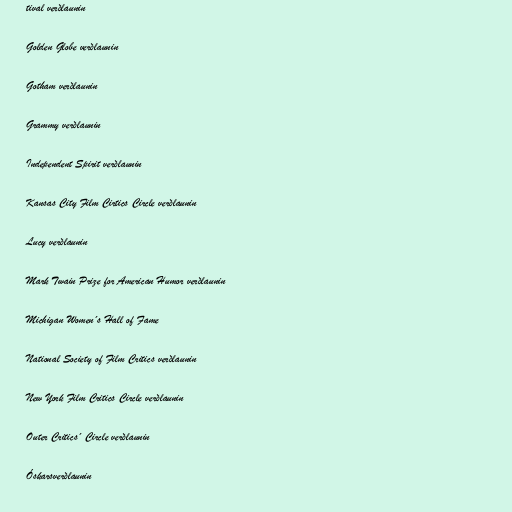
tival verðlaunin

Golden Globe verðlaunin

Gotham verðlaunin

Grammy verðlaunin

Independent Spirit verðlaunin

Kansas City Film Cirtics Circle verðlaunin

Lucy verðlaunin

Mark Twain Prize for American Humor verðlaunin

Michigan Women´s Hall of Fame

National Society of Film Critics verðlaunin

New York Film Critics Circle verðlaunin

Outer Critics´ Circle verðlaunin

Óskarsverðlaunin